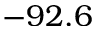
- 9 2 . 6